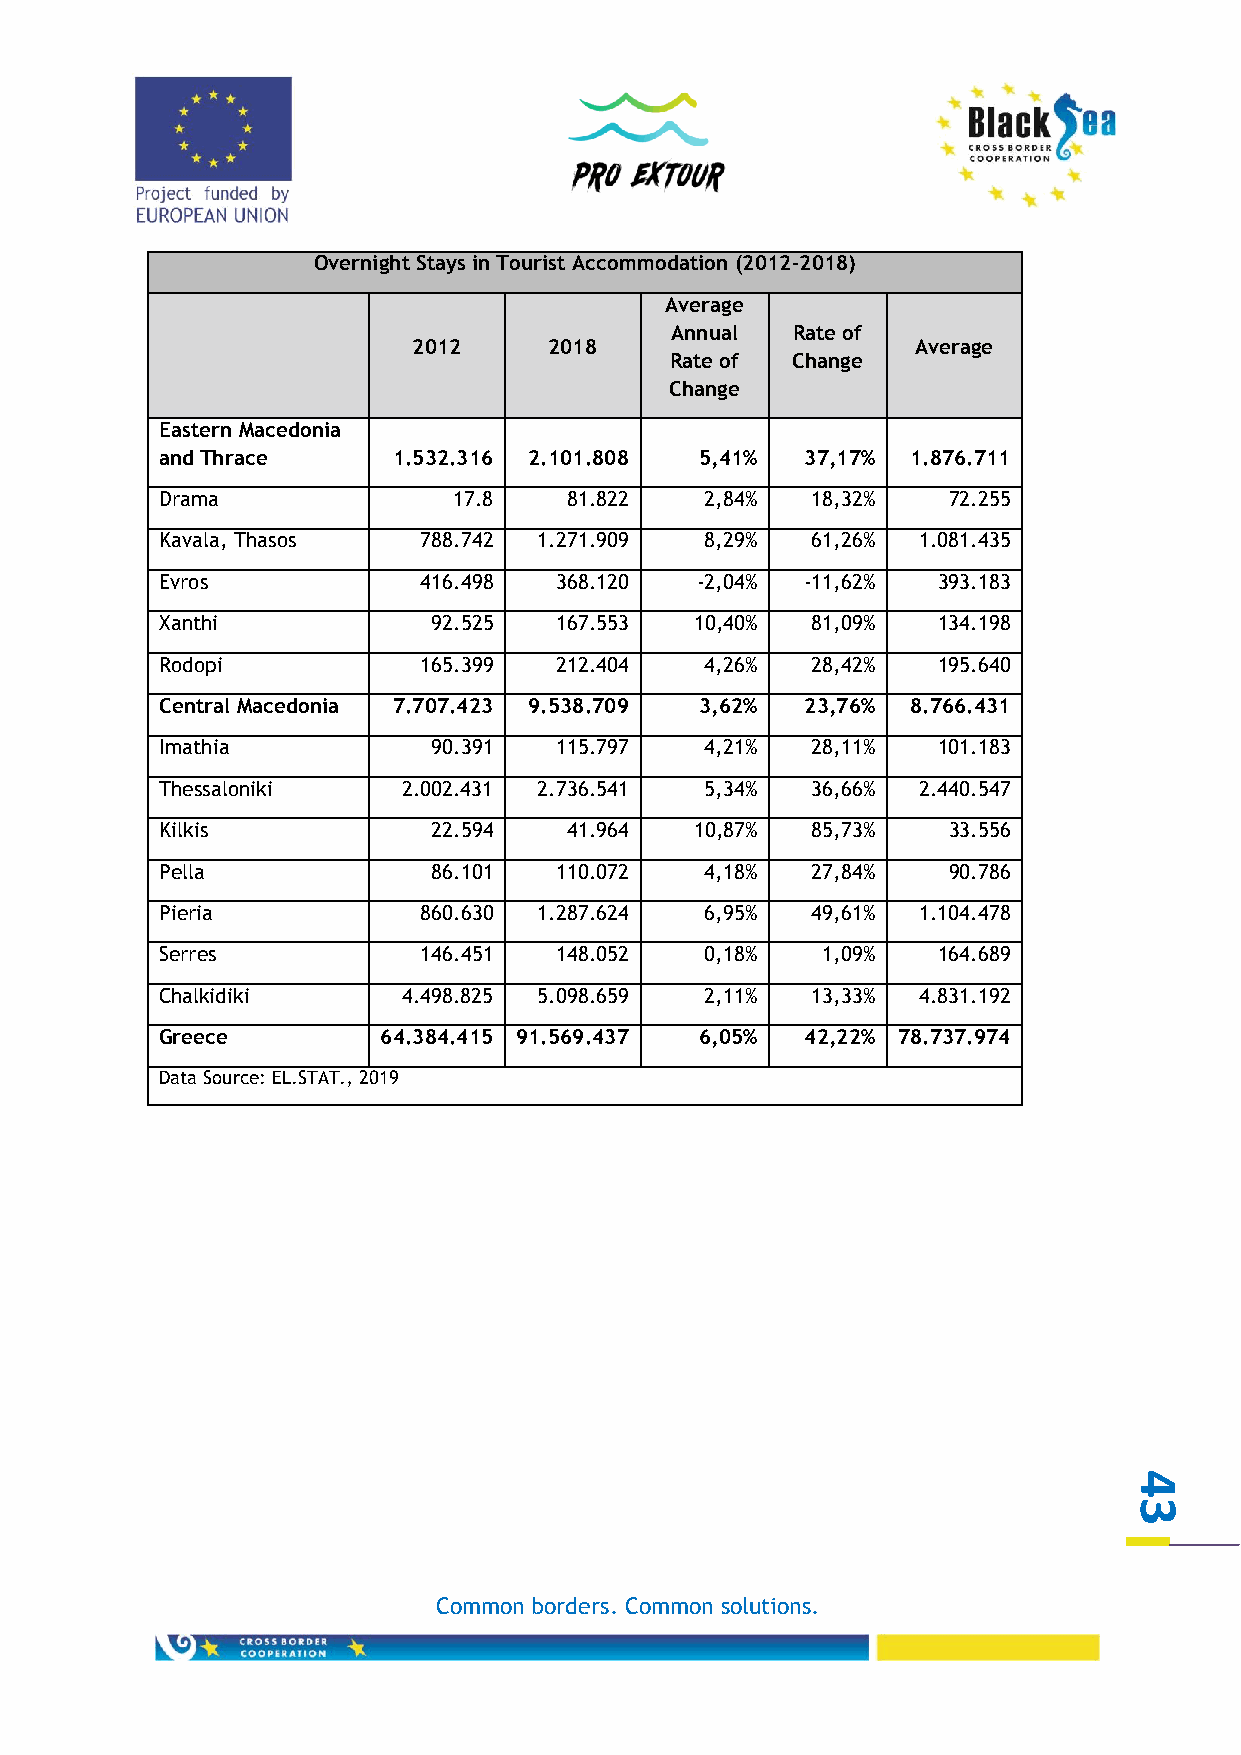
Overnight Stays in Tourist Accommodation (2012-2018)
 Average
 Annual  Rate of
 2012     2018                     Average
 Rate of Change
 Change
 Eastern Macedonia
 and Thrace     1.532.316 2.101.808 5,41%  37,17% 1.876.711
 Drama              17.8   81.822    2,84%  18,32%   72.255
 Kavala, Thasos   788.742 1.271.909  8,29%  61,26% 1.081.435
 Evros            416.498  368.120  -2,04% -11,62%  393.183
 Xanthi            92.525  167.553  10,40%  81,09%  134.198
 Rodopi           165.399  212.404   4,26%  28,42%  195.640
 Central Macedonia 7.707.423 9.538.709 3,62% 23,76% 8.766.431
 Imathia           90.391  115.797   4,21%  28,11%  101.183
 Thessaloniki    2.002.431 2.736.541 5,34%  36,66% 2.440.547
 Kilkis            22.594  41.964   10,87%  85,73%   33.556
 Pella             86.101  110.072   4,18%  27,84%   90.786
 Pieria           860.630 1.287.624  6,95%  49,61% 1.104.478
 Serres           146.451  148.052   0,18%  1,09%   164.689
 Chalkidiki      4.498.825 5.098.659 2,11%  13,33% 4.831.192
 Greece        64.384.415 91.569.437 6,05% 42,22% 78.737.974
 Data Source: EL.STAT., 2019
 4
 3
 Common borders. Common solutions.